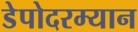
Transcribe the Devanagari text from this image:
डेपोदरम्यान